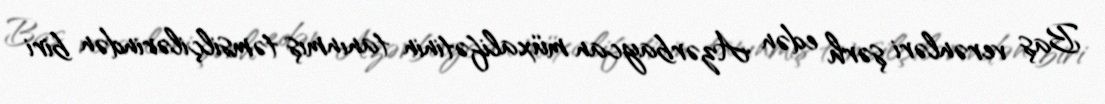
Baş verənləri şərh edən Azərbaycan müxalifətinin tanınmış təmsilçilərindən biri